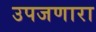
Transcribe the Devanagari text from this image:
उपजणारा